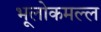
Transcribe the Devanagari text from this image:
भूलोकमल्ल